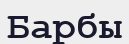
Барбы